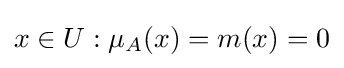
x\in U:\mu _{A}(x)=m(x)=0